Annual report on the working of the lock hospitals in the Central Provinces
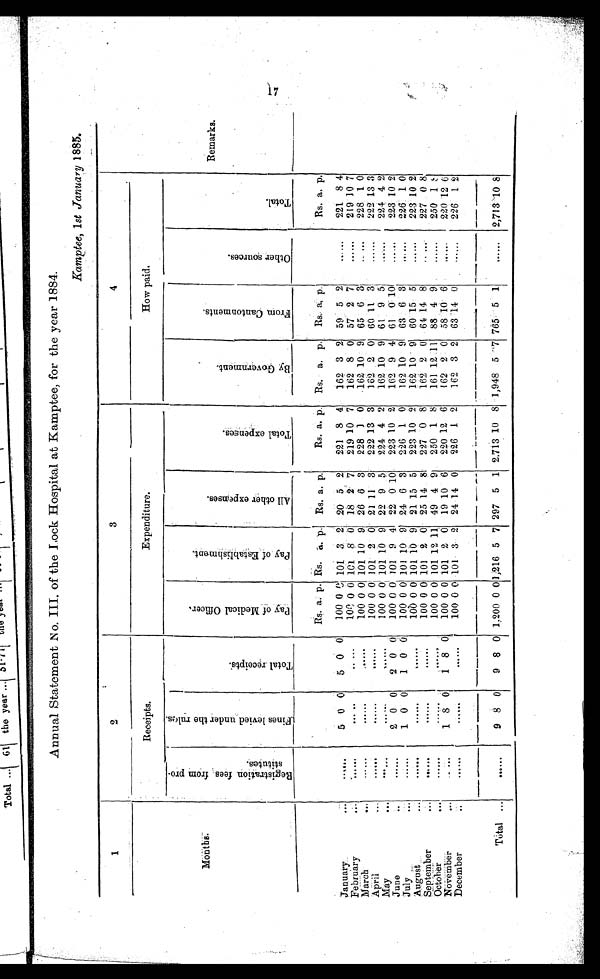
Annual Statement No. III. of the Lock Hospital at Kamptee, for the year 1884.
Kamptee, 1 st January 1885.
1
2
3
4
Remarks.
Months.
Receipts.
Expenditure.
How paid.
R e g i s t r a t i o n f e e s f r o m p r o - s t i t u t e s .
F i n e s l e v i e d u n d e r t h e r u l e s .
T o t a l r e c e p t s .
P a y o f M e d i c a l O f f i c e r .
P a y o f E s t a b l i s h m e n t .
A l l o t h e r e x p e n s e s .
T o t a l e x p e n s e s .
B y G o v e r n m e n t .
F r o m C a n t o n m e n t s .
O t h e r s o u r c e s .
T o t a l .
Rs. a. p. Rs. a. p. Rs. a. p.
Rs. a. p. Rs. a. p. Rs. a. p.
Rs. a. p.
.
January ...
......
5
0 0
5 0
0 100 0 0 101 3 2 20 5 2
221 8 4
162 3 2 59 .
5 2
......
221 8 4
100 0 0 101 8 0 18 2 7
219 10 7
162 8 0 57 2 7
......
219 10 7
February
...
......
. . ..
.
. .
. . .
March
...
. . . . . .
. . ..
. .
. .
..
. . 100 0 0 101 10 9 26 6 3
228 1 0
162 10 9 65 6 3
......
228 1 0
April
...
......
. . ..
. .
. .
..
. . 100 0 0 101 2 0 21 11 3
222 13 3
162 2 0 60 11 3
......
222 13 3
May
. . .
. . . . . .
. . ..
. .
. .
..
. . 100 0 0101 10 9 22 9 5
224 4 2
162 10 9 61 9 5
. . . . . . 224 4 2
June
..
. . . . . . 2 0 0
2 0 0
100 0 0 101 9 4 22 0 10
223 10 2
162 9 4 61 0 10
......
223 10 2
July ...
......
1 0 0
1 0 0
100 0 0 101 10 9 24 6 3
226 1 0
162 10 9 63 6 3
......
226 1 0
August.
...
......
. . .. . .
. . .. . . 100 0 0 101 10 9 21 15 5
223 10 2
162 10 9 60
1 5 5
......
223 10 2
September
...
......
. . .. . .
. . .. . . 100 0 0 101 2 0 25 14 8
227 0 8
162 2 0 64 14 8
.....
227 0 8
October
...
......
. . .. . .
. . .. . . 100 0 0 101 12 11 49 4 9
250 1 8
161 12 11 88 4 9
......
250 1 8
November
...
. . . . . 1 8 0
1 8 0
100 0 0 101 2 0 19 10 6
220 12 6
162 2 0 58 10
6
. . . . . . 220 12 6
December
..
......
. . .. . .
. .
..
. .
100 0 0 101 3 2 24 14 0
226 1 2
162 3 2 63 14 0
......
226 1 2
Tatal
•••
. . . . . .
9
8 0
9 8 0 1,200 0 0 1,216 5 7 297 5 1 2,713 10 8 1,948 5 7 765
5 1
...... 2,713
1 0 8
1 7